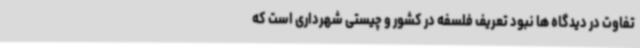
تفاوت در دیدگاه ها نبود تعریف فلسفه در کشور و چیستی شهرداری است که